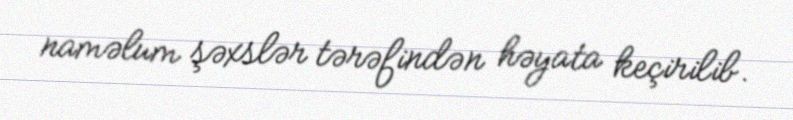
naməlum şəxslər tərəfindən həyata keçirilib.